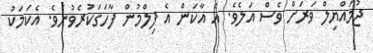
ޖުމައްޔިލް ވަރަށް ވެސް އަލެވެ. އެ އާކަން އެ ފިލްމުން ފާހަގަކުރެވުނެވެ. އެކަމަކު